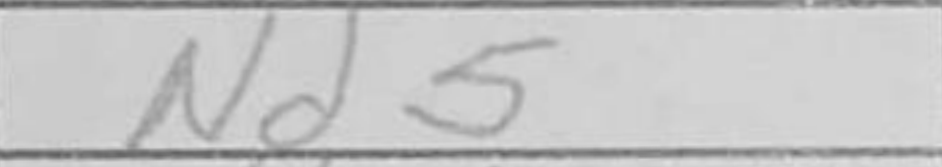
Transcription: Nd5